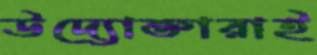
উদ্যোক্তারাই